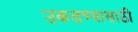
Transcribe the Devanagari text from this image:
उकडण्यासाठी